65_HS1-834228961_62-HQ-83894_Section_1
Agency: FBI
Page 155
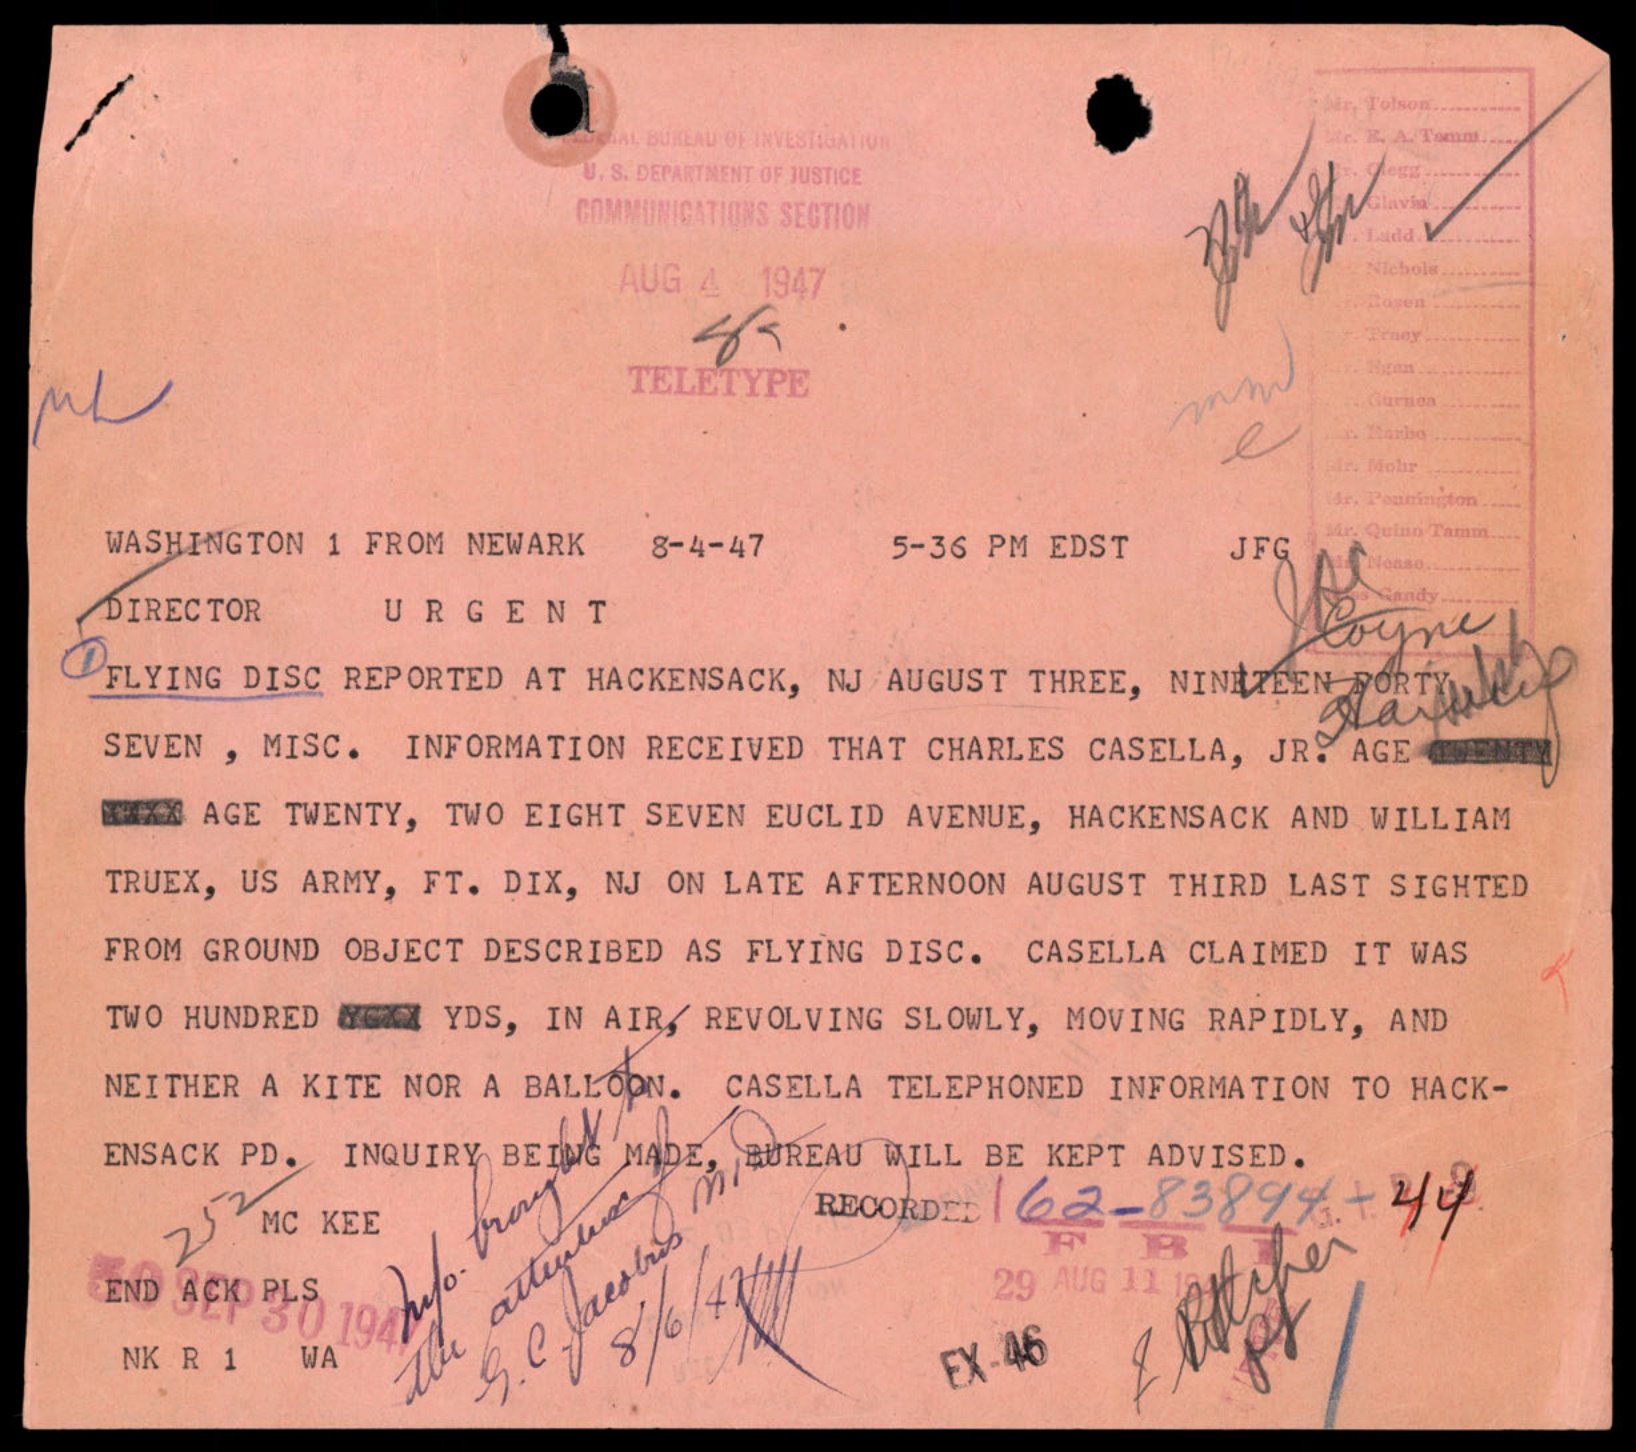